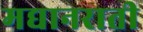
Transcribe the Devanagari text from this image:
मद्यानराती